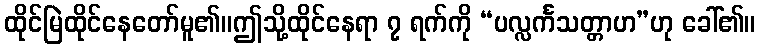
ထိုင်မြဲထိုင်နေတော်မူ၏။ဤသို့ထိုင်နေရာ ၇ ရက်ကို “ပလ္လင်္ကသတ္တာဟ”ဟု ခေါ်၏။